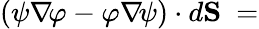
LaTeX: \left(\psi\nabla\! \varphi-\varphi\nabla\! \psi\right)\cdot d\mathbf{S}\ =